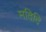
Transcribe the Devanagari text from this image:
मदिदि